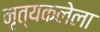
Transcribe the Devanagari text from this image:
नृत्यकलेला